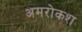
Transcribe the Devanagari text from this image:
अमरोकश